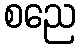
စညေ